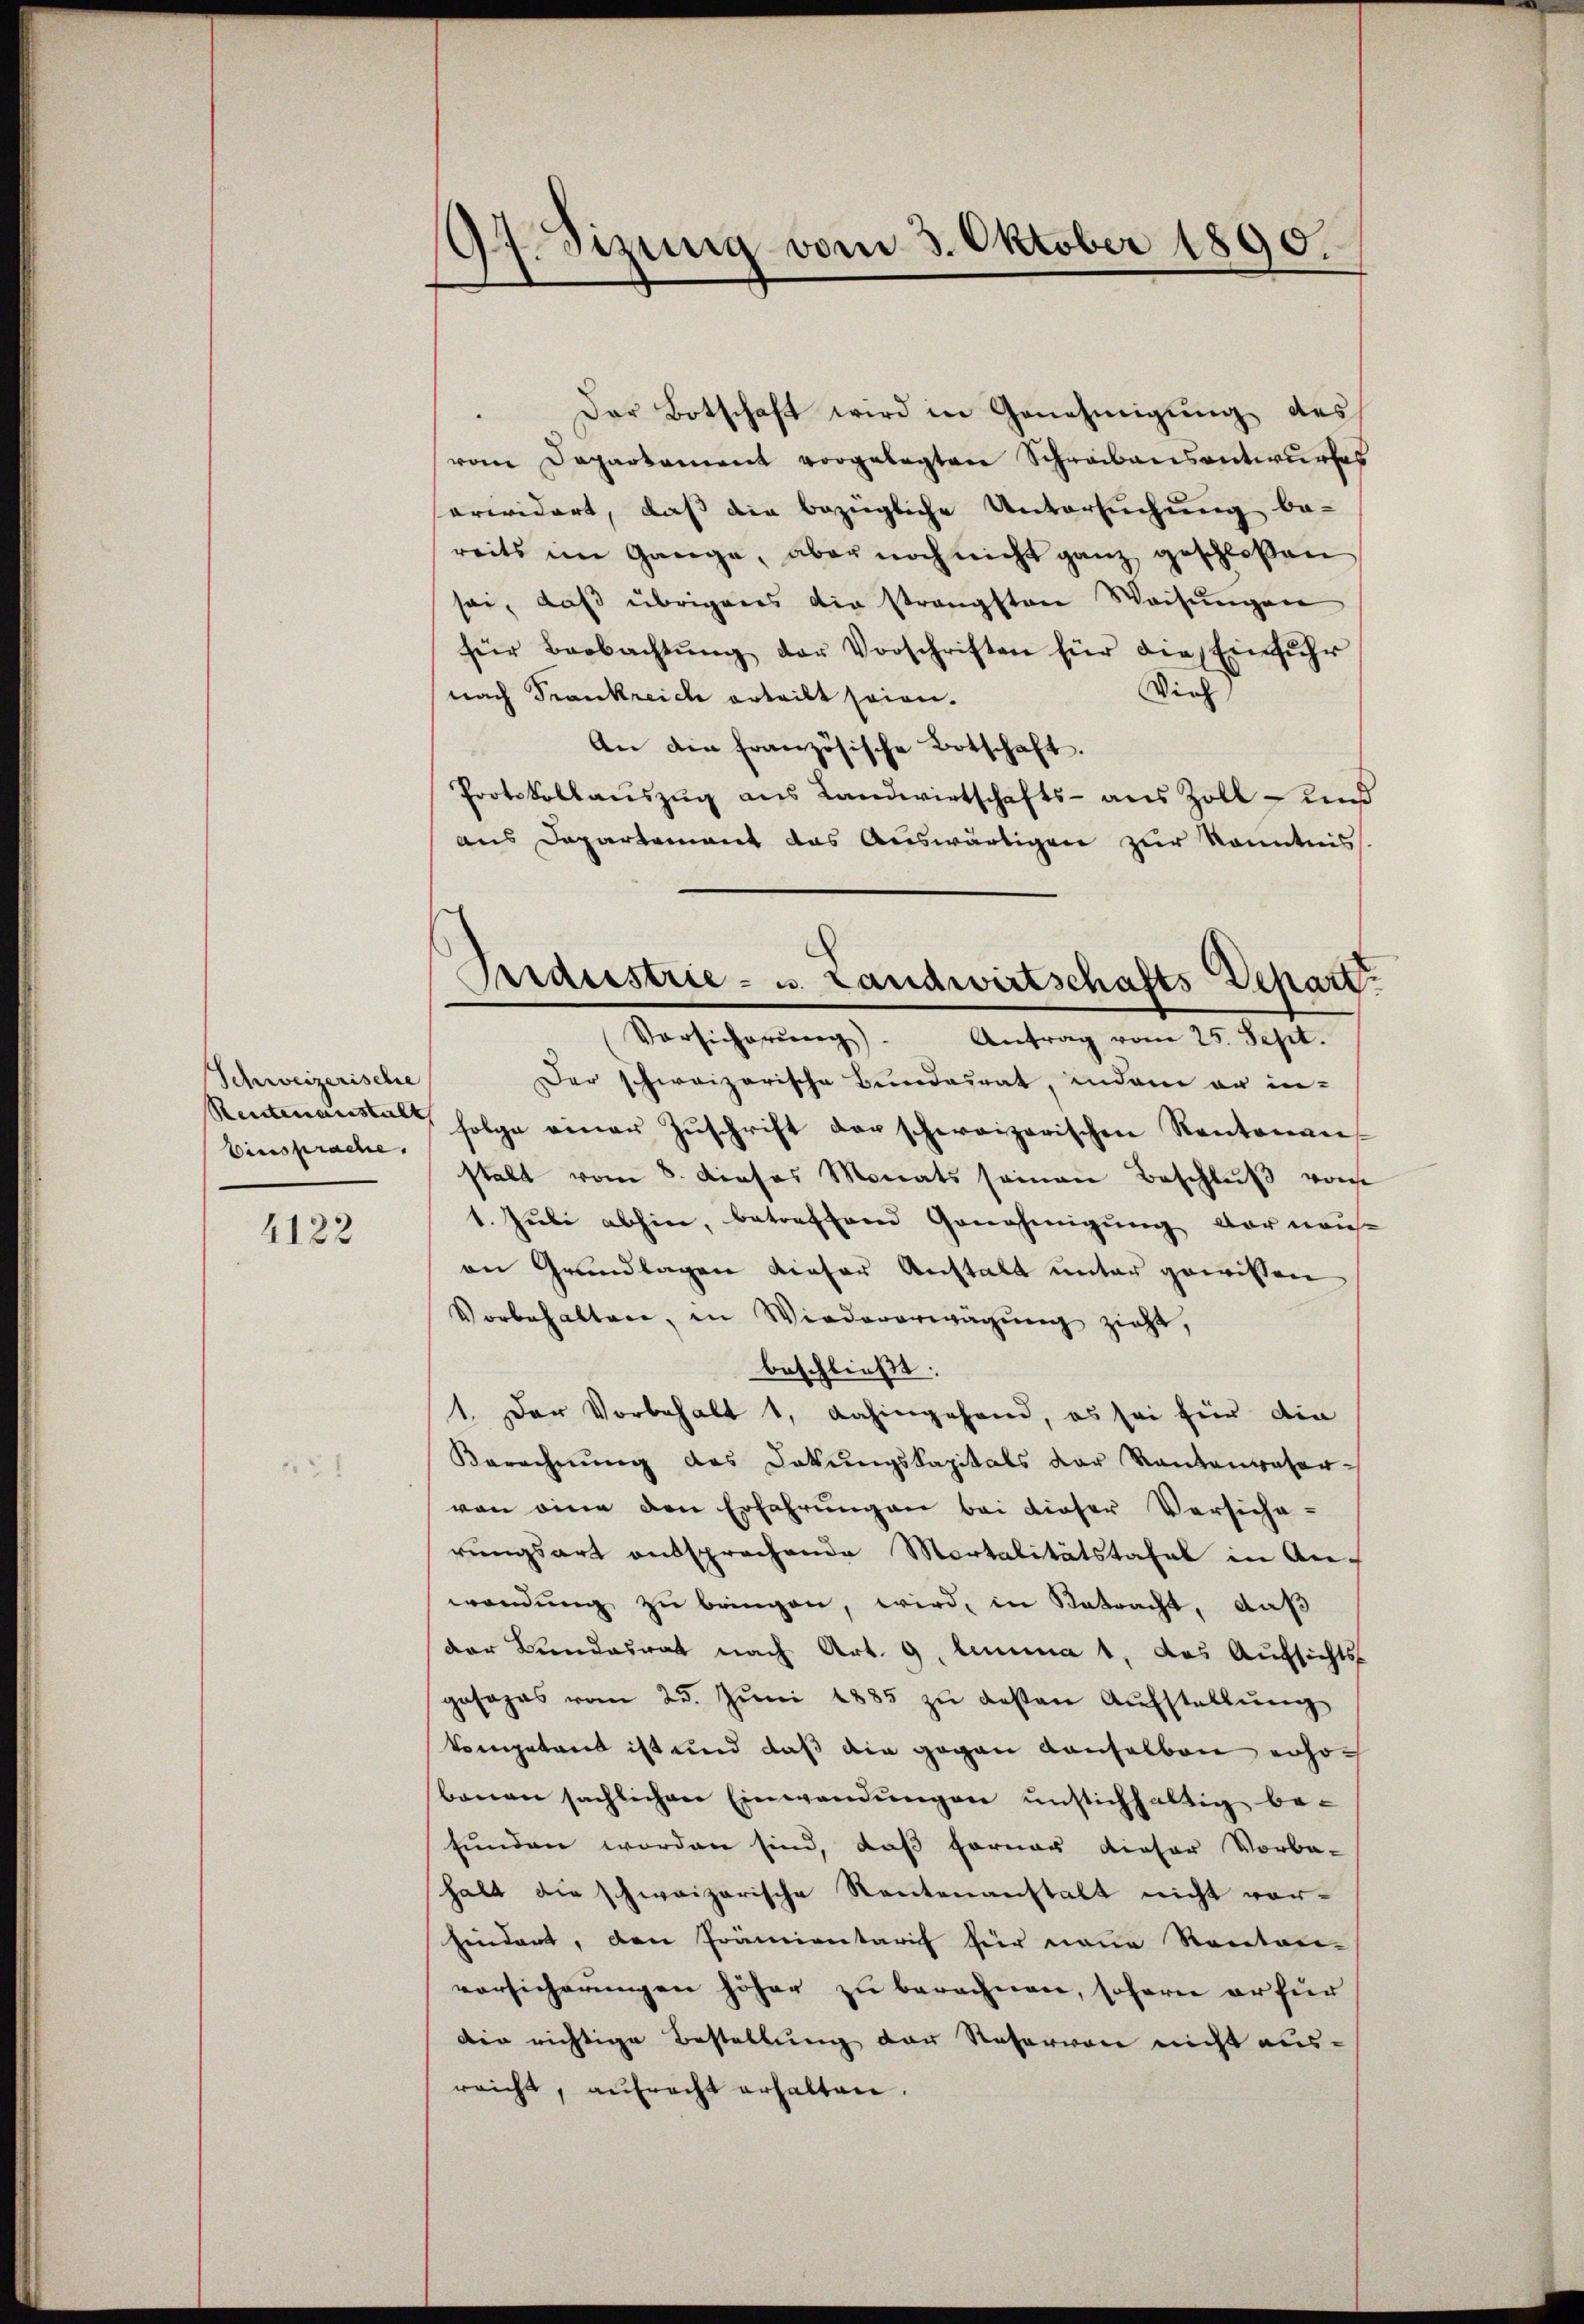
Schweizerische
binsprache.

4122

97. Sizung vom 3. Oktober 1890.

Der Botschaft wird in Genehmigung des
vom Departament vorgelegten Schreibensantwurfes
arwidert, daß die bezügliche Untersuchung be-
reits im Gange, aber noch nicht ganz geschloßen
sei, daß übrigens die strengsten Weisungen
für Beobachtŭng der Vorschriften für die Einfŭhr
Vieh
nach Frankreich erteilt seien.
An die französische Botschaft.
Protokollaŭszŭg ans Landwirtschafts- aus Zoll und
aus Departement das Auswärtigen zur Kenntnis
Der schweizerische Bundesrat, indem er in-
Rentenanste folge einer Zŭschrift der schweizerischen Kantonan
stalt vom 8. dieses Monats seinen Beschlŭβ vom
1. Juli abhin, betreffend Genehmigung der nais-
an Grundlagen dieser Anstalt unter gewissen
Vorbehalten, in Wiedererwägŭng zieht,
beschließt:
1. Der Vorbehalt 1, dahingehend, es sei für die
Berechnŭng des Dokŭngskapitals der Kantenvater
von eine den Erfahrungen bei dieser Versiche-
rŭngsart entsprechende Martalitätstafel in Anwendung zu bringen, wird, in Betracht, daß
der Bundesrat nach Art. 9. Amma 1, das Aufsichts-
gosages vom 25. Jŭni 1885 zŭ gesten Aufstellung
kompetent ist und daß die gegen Konselben erhobenen sächlichen Einwendungen unstichhaltig befunden worden sind, daß ferner dieser Vorbe-
halt die schweizerische Rentenanstalt nicht vor-
hindert, den Prämientarif für neue Kanton-
vorsicherungen höher zu berechnen, sofern er für
den richtige Bestellung der Reservon nicht ausreicht, aufracht erhalten.

Mraustrie- u. Landwirtschafts-Depart.
Vorsicherŭng). Antrag vom 25. Sept.